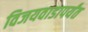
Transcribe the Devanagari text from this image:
विजयवाडापर्यंत